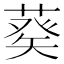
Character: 𦷡